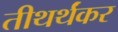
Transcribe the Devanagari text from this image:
तीथर्थंकर